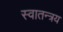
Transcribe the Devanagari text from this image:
स्वातन्त्रय